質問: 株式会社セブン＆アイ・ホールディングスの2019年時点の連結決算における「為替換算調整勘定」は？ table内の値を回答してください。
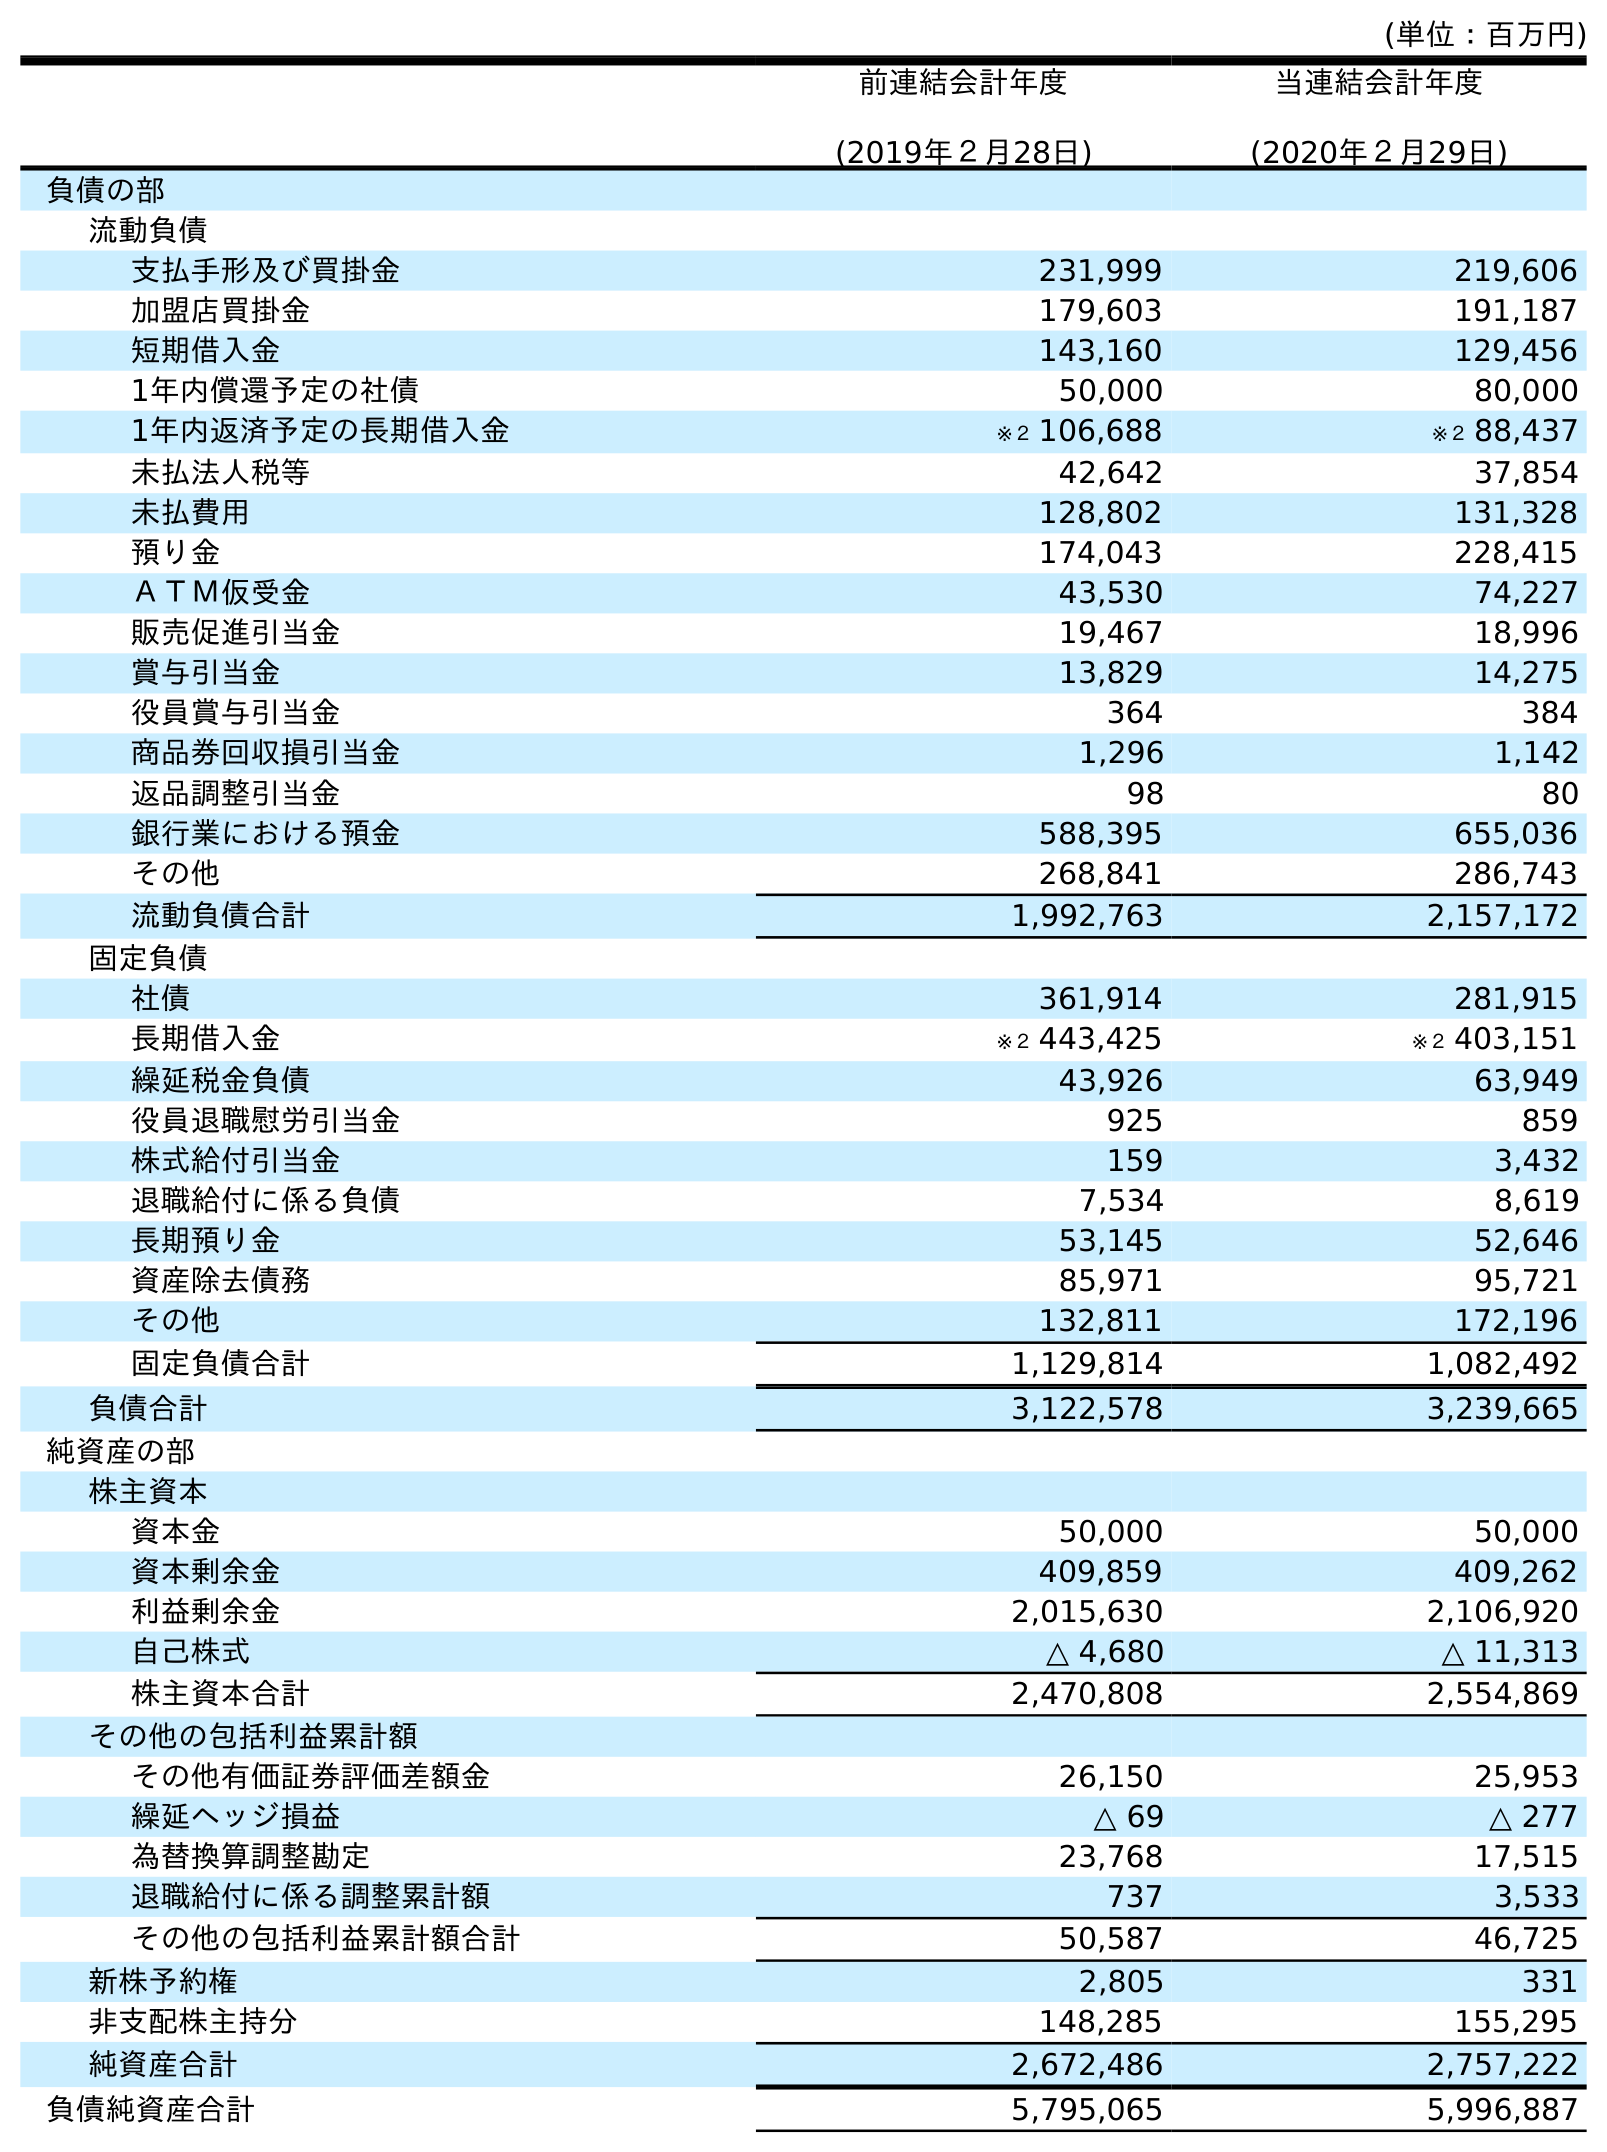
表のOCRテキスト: (単位：百万円) 前連結会計年度 (2019年２月28日) 当連結会計年度 (2020年２月29日) 負債の部 流動負債 支払手形及び買掛金 231,999 219,606 加盟店買掛金 179,603 191,187 短期借入金 143,160 129,456 1年内償還予定の社債 50,000 80,000 1年内返済予定の長期借入金 ※２ 106,688 ※２ 88,437 未払法人税等 42,642 37,854 未払費用 128,802 131,328 預り金 174,043 228,415 ＡＴＭ仮受金 43,530 74,227 販売促進引当金 19,467 18,996 賞与引当金 13,829 14,275 役員賞与引当金 364 384 商品券回収損引当金 1,296 1,142 返品調整引当金 98 80 銀行業における預金 588,395 655,036 その他 268,841 286,743 流動負債合計 1,992,763 2,157,172 固定負債 社債 361,914 281,915 長期借入金 ※２ 443,425 ※２ 403,151 繰延税金負債 43,926 63,949 役員退職慰労引当金 925 859 株式給付引当金 159 3,432 退職給付に係る負債 7,534 8,619 長期預り金 53,145 52,646 資産除去債務 85,971 95,721 その他 132,811 172,196 固定負債合計 1,129,814 1,082,492 負債合計 3,122,578 3,239,665 純資産の部 株主資本 資本金 50,000 50,000 資本剰余金 409,859 409,262 利益剰余金 2,015,630 2,106,920 自己株式 △ 4,680 △ 11,313 株主資本合計 2,470,808 2,554,869 その他の包括利益累計額 その他有価証券評価差額金 26,150 25,953 繰延ヘッジ損益 △ 69 △ 277 為替換算調整勘定 23,768 17,515 退職給付に係る調整累計額 737 3,533 その他の包括利益累計額合計 50,587 46,725 新株予約権 2,805 331 非支配株主持分 148,285 155,295 純資産合計 2,672,486 2,757,222 負債純資産合計 5,795,065 5,996,887
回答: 23,768